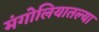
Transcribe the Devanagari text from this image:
मंगोलियातल्या